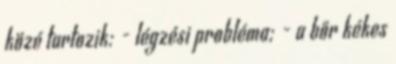
közé tartozik: - légzési probléma; - a bőr kékes